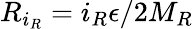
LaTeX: R_{i_{R}}=i_{R}\epsilon/2M_{R}